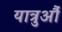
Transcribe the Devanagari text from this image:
यात्रुऔं